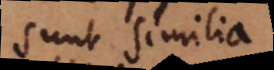
sunt similia,